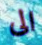
الى